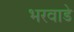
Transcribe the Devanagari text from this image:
भरवाडे